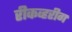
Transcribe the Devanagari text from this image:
रीकव्हरीग